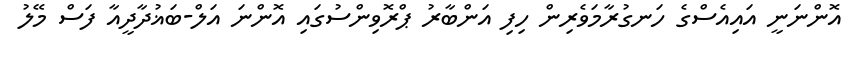
އޮންނަނީ އައިއެސްގެ ހަނގުރާމަވެރިން ހިފި އަންބާރު ޕްރޮވިންސުގައި އޮންނަ އަލް-ބަޣުދާދީއާ ފަސް މޭލު